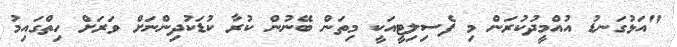
"އަޅުގަނޑު އުއްމީދުކުރަން މި ފެސިލިޓީއަކީ މިތަން ބޭނުން ކުރާ ކުޑަކުދިންނަށް ވަރަށް ހިތްގައިމު